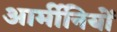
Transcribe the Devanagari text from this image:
आर्मीनियों